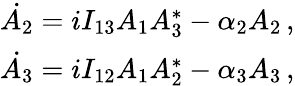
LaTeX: \begin{array}{r}{\dot{A_{2}}=iI_{13}A_{1}A_{3}^{*}-\alpha_{2}A_{2}\mathrm{\, ,}}\\ {\dot{A_{3}}=iI_{12}A_{1}A_{2}^{*}-\alpha_{3}A_{3}\mathrm{\, ,}}\end{array}